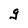
Character: g